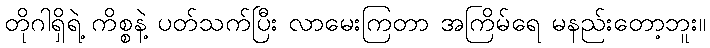
တိုဂါရှိရဲ့ ကိစ္စနဲ့ ပတ်သက်ပြီး လာမေးကြတာ အကြိမ်ရေ မနည်းတော့ဘူး။